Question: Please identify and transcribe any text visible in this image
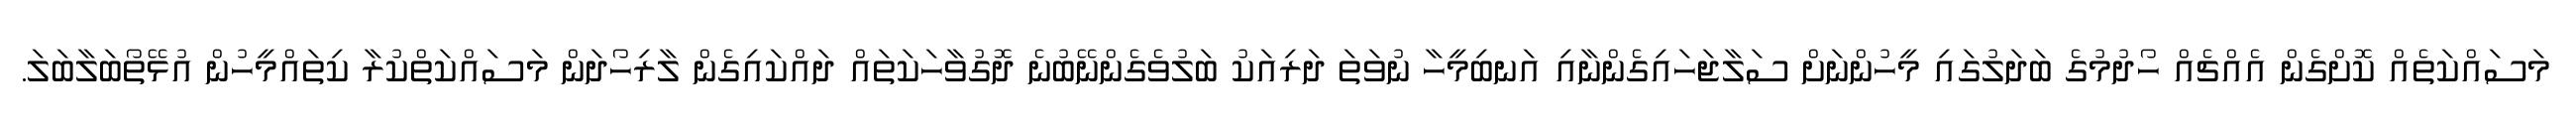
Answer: މަސައްކަތެއް ކޮށްގެން އެއްޗެއް ހޯދުމުގެ ބަދަލުގައި މީހުންނަށް ސަލާޖަހައިގެންނާއި އަނބިމީހާ ނުވަތަ ދަރިއަކު ބަލުވެގެންނޭބުނެ ދޮގުވާހަކަތައް ދައްކައިގެން ލާރިހޯދަން މަސައްކަތްކުރާ ކިތައްމީހުން އުޅޭތޯބަލާބަލަ.